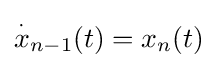
{\overset {\cdot }{x}}_{n-1}(t)=x_{n}(t)